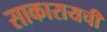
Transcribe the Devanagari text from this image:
साकारायची